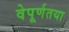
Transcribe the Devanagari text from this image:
वेपूर्णतया